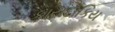
કાયદાકિય